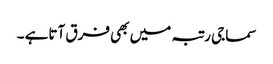
سماجی رتبہ میں بھی فرق آتاہے ۔